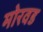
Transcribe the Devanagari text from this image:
मोरवड